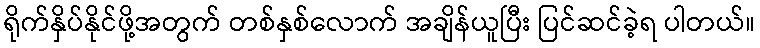
ရိုက်နှိပ်နိုင်ဖို့အတွက် တစ်နှစ်လောက် အချိန်ယူပြီး ပြင်ဆင်ခဲ့ရ ပါတယ်။